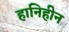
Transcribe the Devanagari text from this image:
हानिहीन